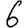
Digit: 6